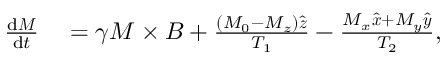
\begin{array} { r l } { \frac { \mathrm { d } \boldsymbol { M } } { \mathrm { d } t } } & { { } = \gamma \boldsymbol { M } \times \boldsymbol { B } + \frac { \left( M _ { 0 } - M _ { z } \right) \hat { \boldsymbol { z } } } { T _ { 1 } } - \frac { M _ { x } \hat { \boldsymbol { x } } + M _ { y } \hat { \boldsymbol { y } } } { T _ { 2 } } , } \end{array}